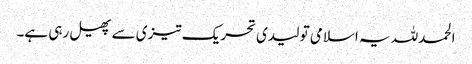
الحمدللہ یہ اسلامی تو لیدی تحریک تیزی سے پھیل رہی ہے۔